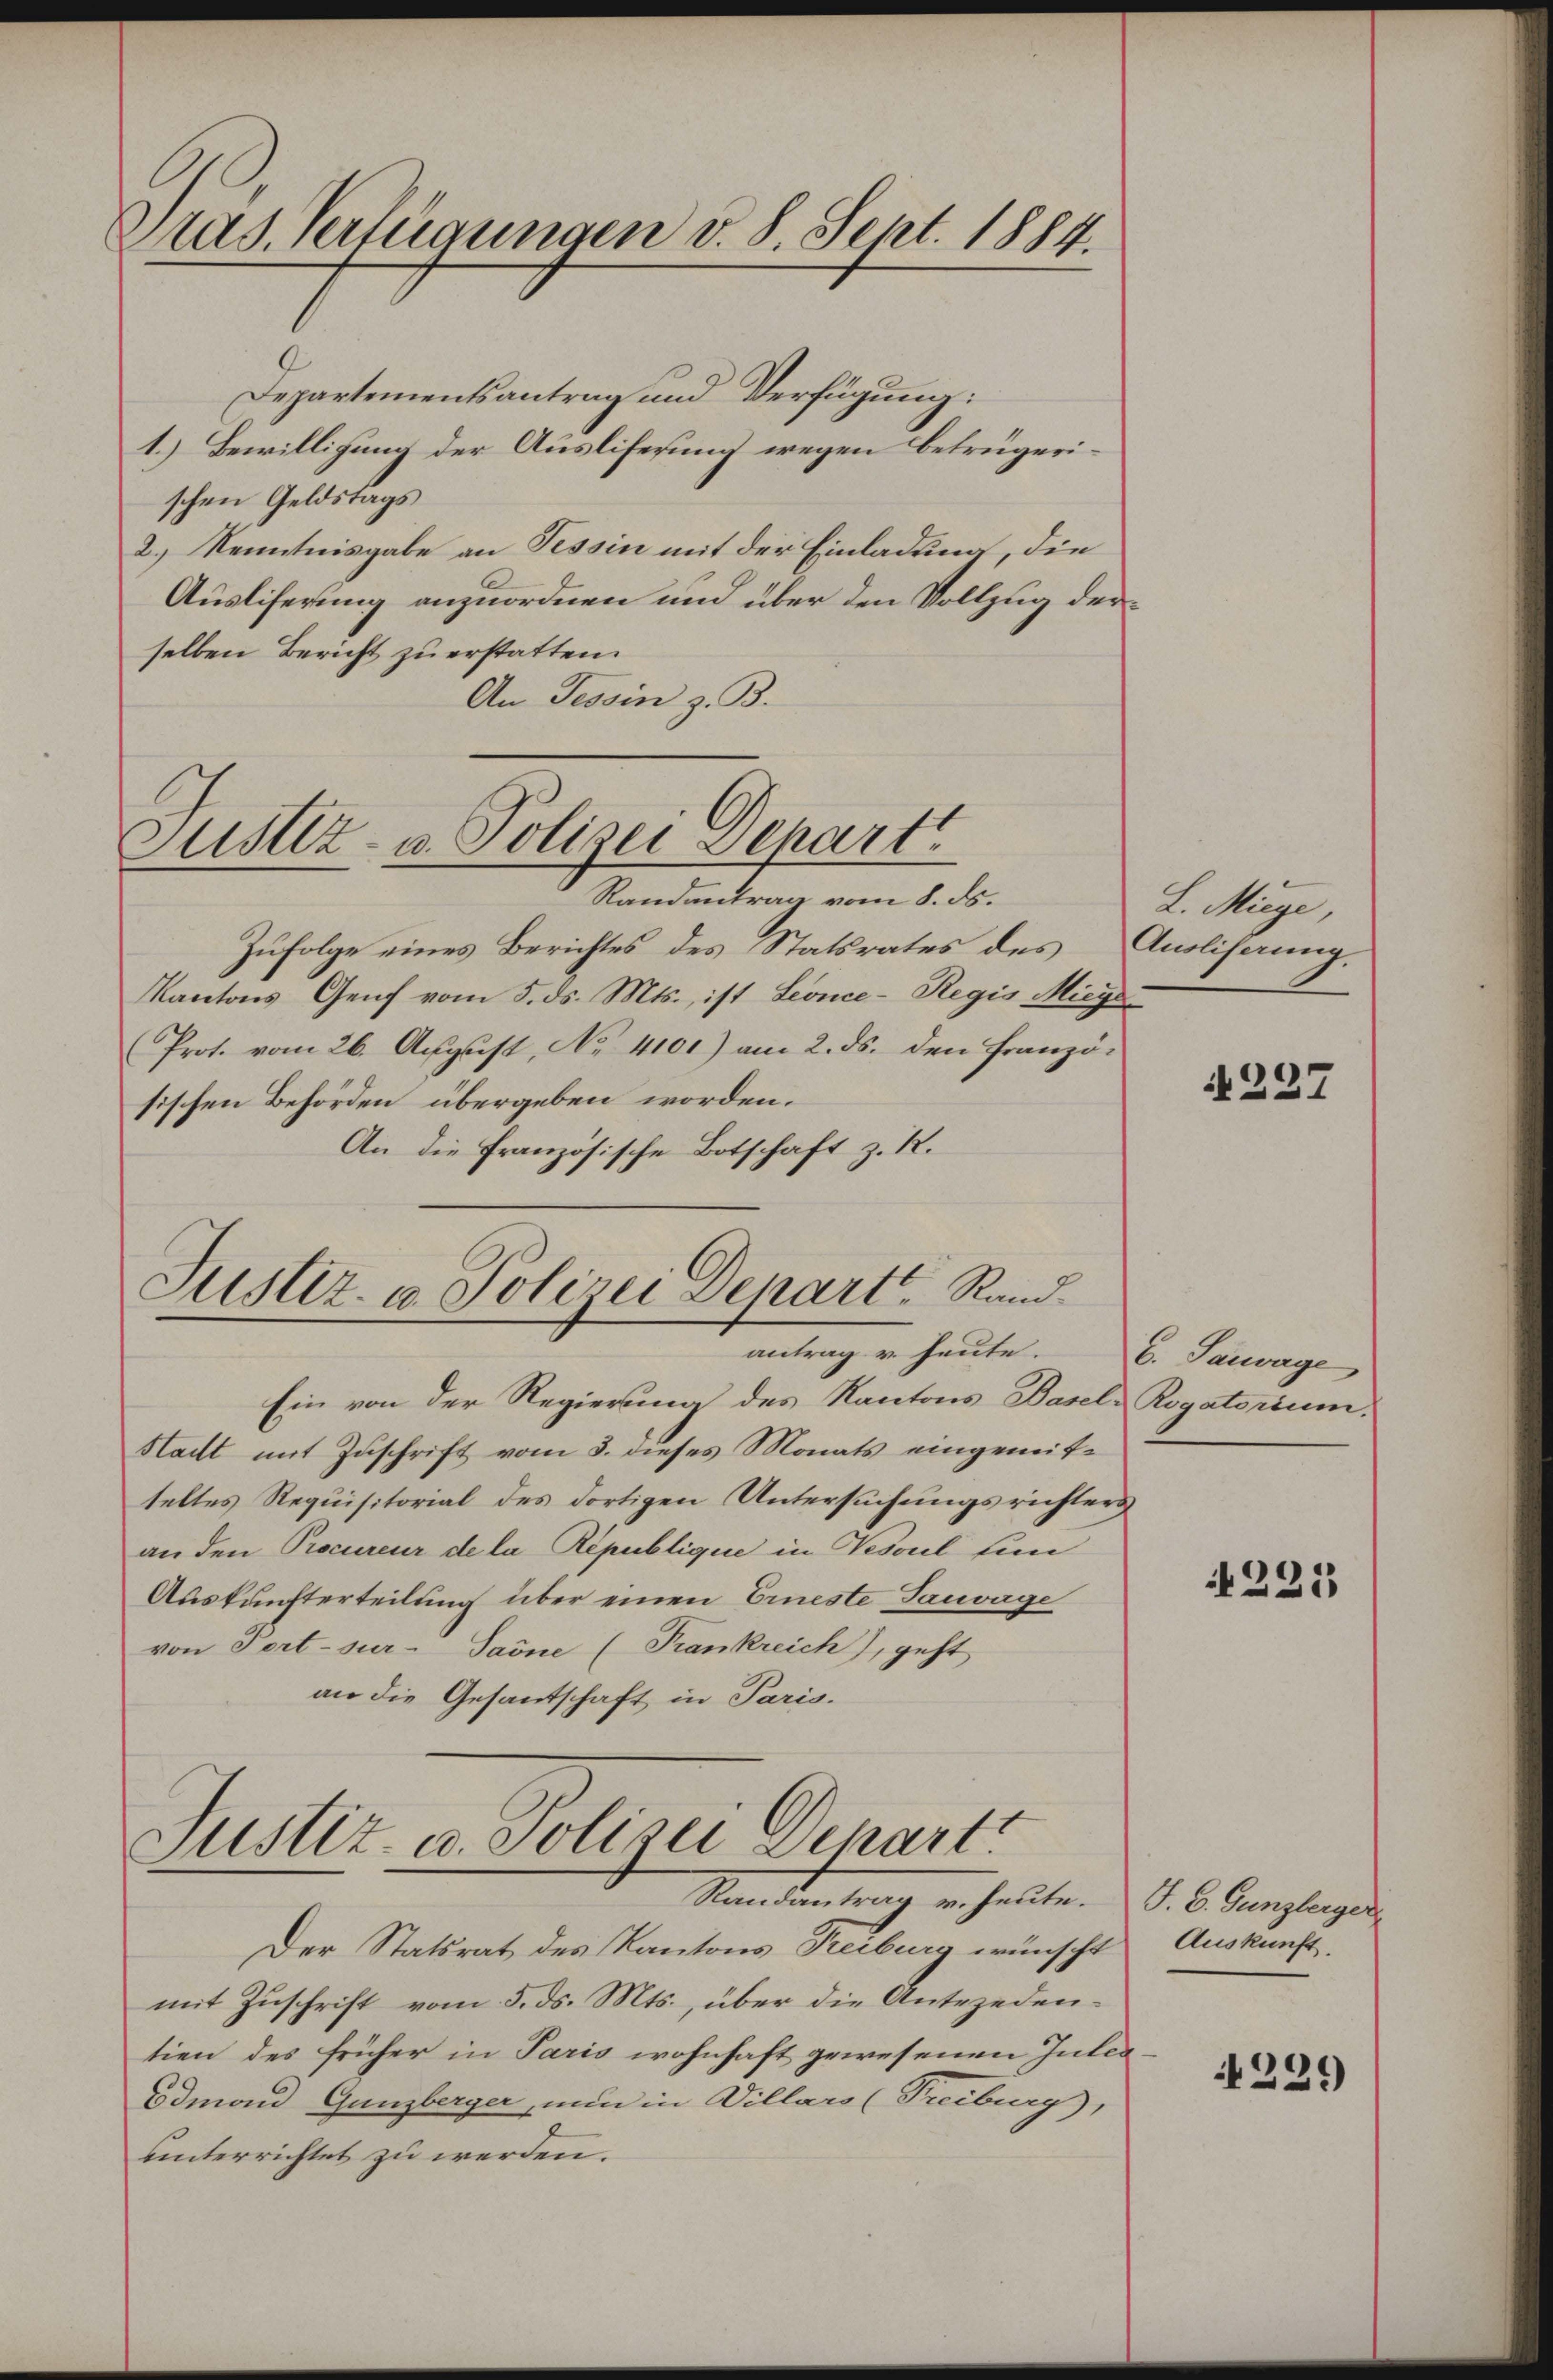
Pras. Verfügungen v. 8. Sept. 1884.

Departementsantrag und Verfügung:
1.) Bewilligung der Auslifersung wegen Betrügerischen Geldstags
2.) Kenntnisgabe an Tessin mit der Einladung, die
Ausliferung anzuordnen und über den Vollzug derselben Bericht zu erstatten.
An Tessin z. B.

Justiz- u. Polizei Depart
Randantrag vom 8. ds.

Zufolge eines Berichtes des Statsrates des Auslisaung.
Kantons Genf vom 5. ds. Mts., ist Leonce-Regis Mieys
Prot. vom 26. August, No 4101) am 2. ds. den Französischen Behörden übergeben worden.
An die Französische Botschaft z. R.

Justiz- u. Polizei Depart Rand
antrag u. heute.

Justiz- u. Polizei Depart
Standen gang erhalte. d. 6. Junglegen

L. Miege,

Ein von der Regierung des Kantons Basel Rogatorium.
Stadt mit Zuschrift vom 8. dieses Monats eingemitteltes Requisitorial des dortigen Untersuchungsrichters
an den Procureur de la République in Vesoul un
Auskunfterteilung über einen Erneste Tauvage
von Sert-sur-Paone (Frankreich), geht
an die Gesandschaft in Paris.

Der Statsrat des Kantons Reiburg wünscht
mit Zuschrift vom 5. ds. Mts., über die Antezedentien des früher in Paris wohnhaft gewesenen Inter
Odmand Gunzberger, nun in Villars (Treiburg),
unterrichtet zu werden.

A237

G. Sauwage

221

Auskunft.

4239